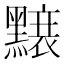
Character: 𪒌